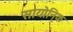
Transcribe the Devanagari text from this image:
सायोनि्क